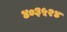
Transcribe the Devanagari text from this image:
४०३५२४